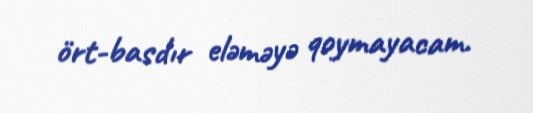
ört-basdır eləməyə qoymayacam.